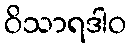
ဝိသာရဒါဝ